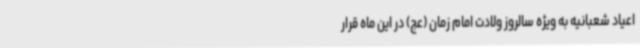
اعیاد شعبانیه به ویژه سالروز ولادت امام زمان (عج) در این ماه قرار